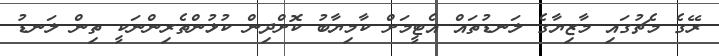
ރޭގެ މެޗުގައި މާޒިޔާގެ ލަނޑުތައް އެޓީމަށް ކާމިޔާބު ކޮށްދިން ކުޅުންތެރިންނަކީ ތިން ލަނޑު